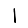
Digit: 1